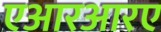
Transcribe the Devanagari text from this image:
एआरआरए